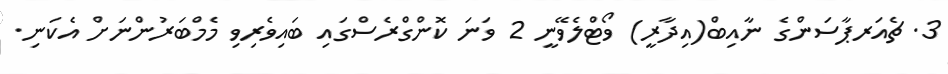
3. ޗެއަރޕާސަންގެ ނާއިބް(އިދާރީ) ވޯޓްލެވޭނީ 2 ވަނަ ކޮންގްރެސްގައި ބައިވެރިވި މެމްބަރުންނަށް އެކަނި.